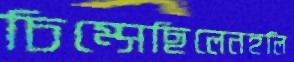
চিম্‌সেছিলেনহলি